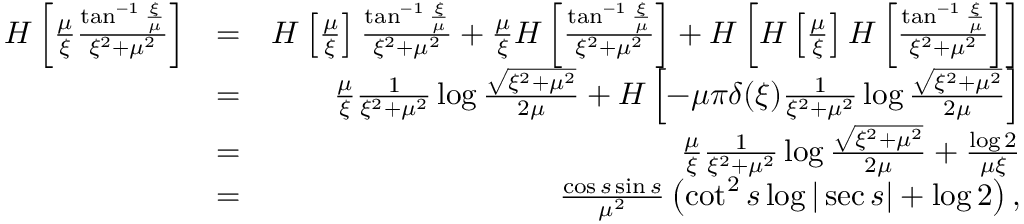
\begin{array} { r l r } { H \left[ \frac { \mu } { \xi } \frac { \tan ^ { - 1 } \frac { \xi } { \mu } } { \xi ^ { 2 } + \mu ^ { 2 } } \right] } & { = } & { H \left[ \frac { \mu } { \xi } \right] \frac { \tan ^ { - 1 } \frac { \xi } { \mu } } { \xi ^ { 2 } + \mu ^ { 2 } } + \frac { \mu } { \xi } H \left[ \frac { \tan ^ { - 1 } \frac { \xi } { \mu } } { \xi ^ { 2 } + \mu ^ { 2 } } \right] + H \left[ H \left[ \frac { \mu } { \xi } \right] H \left[ \frac { \tan ^ { - 1 } \frac { \xi } { \mu } } { \xi ^ { 2 } + \mu ^ { 2 } } \right] \right] } \\ & { = } & { \frac { \mu } { \xi } \frac { 1 } { \xi ^ { 2 } + \mu ^ { 2 } } \log \frac { \sqrt { \xi ^ { 2 } + \mu ^ { 2 } } } { 2 \mu } + H \left[ - \mu \pi \delta ( \xi ) \frac { 1 } { \xi ^ { 2 } + \mu ^ { 2 } } \log \frac { \sqrt { \xi ^ { 2 } + \mu ^ { 2 } } } { 2 \mu } \right] } \\ & { = } & { \frac { \mu } { \xi } \frac { 1 } { \xi ^ { 2 } + \mu ^ { 2 } } \log \frac { \sqrt { \xi ^ { 2 } + \mu ^ { 2 } } } { 2 \mu } + \frac { \log 2 } { \mu \xi } } \\ & { = } & { \frac { \cos s \sin s } { \mu ^ { 2 } } \left( \cot ^ { 2 } s \log | \sec s | + \log 2 \right) , } \end{array}